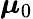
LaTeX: {\boldsymbol{\mu}}_{0}